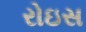
રોઇસ